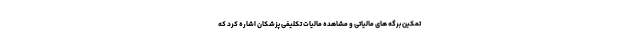
تمکین برگه های مالیاتی و مشاهده مالیات تکلیفی پزشکان اشاره کرد که